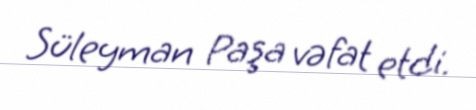
Süleyman Paşa vəfat etdi.